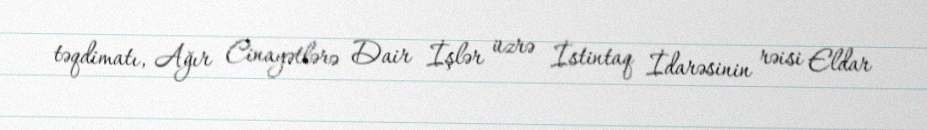
təqdimatı, Ağır Cinayətlərə Dair İşlər üzrə İstintaq İdarəsinin rəisi Eldar